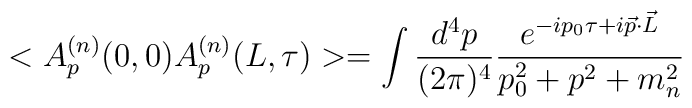
<A_p^{(n)}(0,0)A_p^{(n)}(L,\tau)>=\int\frac{d^4p}{(2\pi)^4}\frac{e^{-ip_0\tau +i\vec p \cdot \vec L}}{p_0^2+p^2+m_n^2}